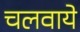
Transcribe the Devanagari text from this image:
चलवाये